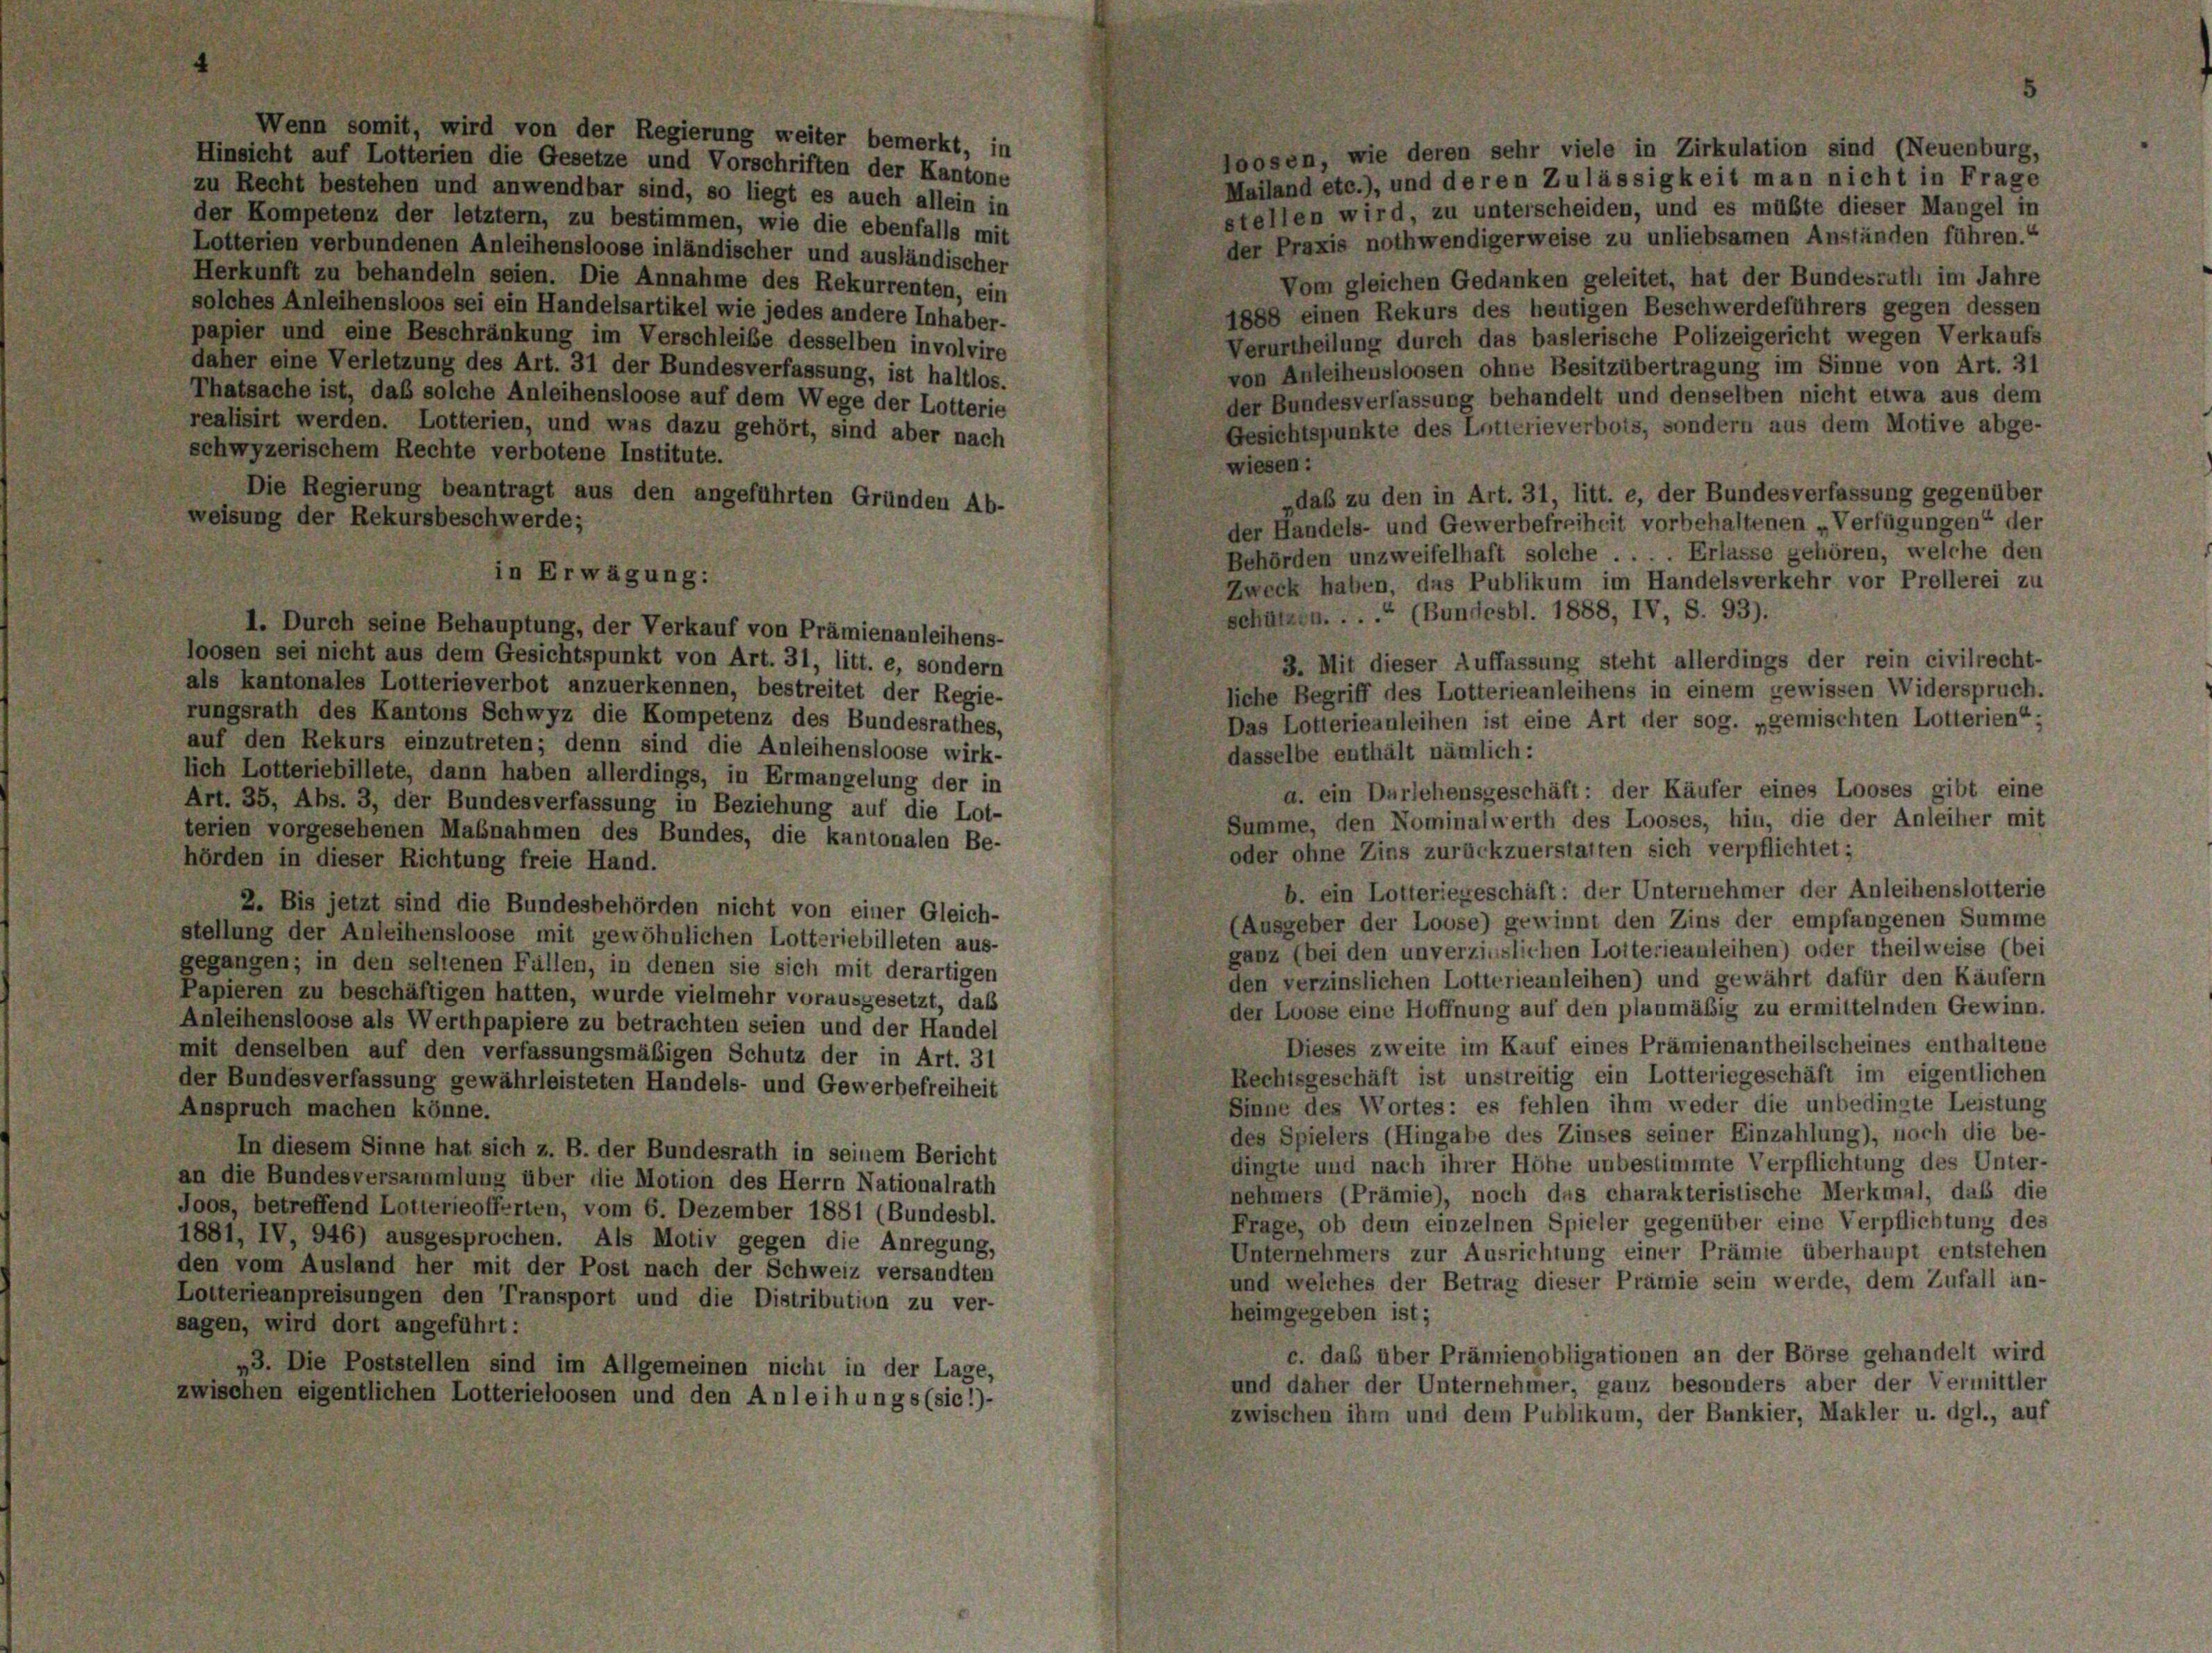
Wenn somit, wird von der Regierung weiter bemerkt, in
Hinsicht auf Lotterien die Gesetze und Vorschriften der Kantone
Mailand etc.), und deren Zulässigkeit man nicht in Frage
zu Recht bestehen und anwendbar sind, so liegt es auch allein in
stellen wird, zu unterscheiden, und es müßte dieser Mangel in
der Kompetenz der letztem, zu bestimmen, wie die ebenfalls mit
der Praxis nothwendigerweise zu unliebsamen Anständen führen.“
Lotterien verbundenen Anleihensloose inländischer und ausländischer
Herkunft zu behandeln seien. Die Annahme des Rekurrenten, ein
Vom gleichen Gedanken geleitet, hat der Bundesrath im Jahre
solches Anleihensloos sei ein Handelsartikel wie jedes andere Inhaber-
1888 einen Rekurs des heutigen Beschwerdeführers gegen dessen
papier und eine Beschränkung im Verschleiße desselben involvire
Verurtheilung durch das baslerische Polizeigericht wegen Verkaufs
daher eine Verletzung des Art. 31 der Bundesverfassung, ist haltlos.
von Anleihensloosen ohne Besitzübertragung im Sinne von Art. 31
Thatsache ist, daß solche Anleihensloose auf dem Wege der Lotterie
der Bundesverfassung behandelt und denselben nicht etwa aus dem
realisirt werden. Lotterien, und was dazu gehört, sind aber nach
Gesichtspunkte des Lotterieverbots, sondern aus dem Motive abge-
schwyzerischem Rechte verbotene Institute.
wiesen:
Die Regierung beantragt aus den angeführten Gründen Ab-
daß zu den in Art. 31, litt. e, der Bundesverfassung gegenüber
weisung der Rekursbeschwerde;
der Handels- und Gewerbefreiheit vorbehaltenen „Verfügungen“ der
Behörden unzweifelhaft solche . . . . Erlasse gehören, welche den
in Erwägung:
Zweck haben, das Publikum im Handelsverkehr vor Prellerei zu
schützen. ... (Bundesbl. 1888, IV, S. 93).
1. Durch seine Behauptung, der Verkauf von Prämienanleihens-
loosen sei nicht aus dem Gesichtspunkt von Art. 31, litt. e, sondern
3. Mit dieser Auffassung steht allerdings der rein civilrecht-
als kantonales Lotterieverbot anzuerkennen, bestreitet der Regie-
liche Begriff des Lotterieanleihens in einem gewissen Widerspruch.
rungsrath des Kantons Schwyz die Kompetenz des Bundesrathes,
Das Lotterieanleihen ist eine Art der sog. „gemischten Lotterien“.
auf den Rekurs einzutreten; denn sind die Anleihensloose wirk-
dasselbe enthält nämlich:
lich Lotteriebillete, dann haben allerdings, in Ermangelung der in
a. ein Darlehensgeschäft: der Käufer eines Looses gibt eine
Art. 35, Abs. 3, der Bundesverfassung in Beziehung auf die Lot-
Summe, den Nominalwerth des Looses, hin, die der Anleiher mit
terien vorgesehenen Maßnahmen des Bundes, die kantonalen Be-
oder ohne Zins zurückzuerstatten sich verpflichtet;
hörden in dieser Richtung freie Hand.
b. ein Lotteriegeschäft: der Unternehmer der Anleihenslotterie
2. Bis jetzt sind die Bundesbehörden nicht von einer Gleich-
(Ausgeber der Loose) gewinnt den Zins der empfangenen Summe
stellung der Anleihensloose mit gewöhnlichen Lotteriebilleten aus-
ganz (bei den unverzinslichen Loiterieanleihen) oder theilweise (bei
gegangen; in den seltenen Fällen, in denen sie sich mit derartigen
den verzinslichen Lotterieanleihen) und gewährt dafür den Käufern
Papieren zu beschäftigen hatten, wurde vielmehr vorausgesetzt, daß
der Loose eine Hoffnung auf den planmäßig zu ermittelnden Gewinn.
Anleihensloose als Werthpapiere zu betrachten seien und der Handel
Dieses zweite im Kauf eines Prämienantheilscheines enthaltene
mit denselben auf den verfassungsmäßigen Schutz der in Art. 31
Rechtsgeschäft ist unstreitig ein Lotteriegeschäft im eigentlichen
der Bundesverfassung gewährleisteten Handels- und Gewerbefreiheit
Sinne des Wortes: es fehlen ihm weder die unbedingte Leistung
Anspruch machen könne.
des Spielers (Hingabe des Zinses seiner Einzahlung), noch die be-
In diesem Sinne hat sich z. B. der Bundesrath in seinem Bericht
dingte und nach ihrer Höhe unbestimmte Verpflichtung des Unter-
an die Bundesversammlung über die Motion des Herrn Nationalrath
nehmers (Prämie), noch das charakteristische Merkmal, daß die
Joos, betreffend Lotterieofferten, vom 6. Dezember 1881 (Bundesbl.
Frage, ob dem einzelnen Spieler gegenüber eine Verpflichtung des
1881, IV, 946) ausgesprochen. Als Motiv gegen die Anregung,
Unternehmers zur Ausrichtung einer Prämie überhaupt entstehen
den vom Ausland her mit der Post nach der Schweiz versandten
und welches der Betrag dieser Prämie sein werde, dem Zufall un-
Lotterieanpreisungen den Transport und die Distribution zu ver-
heimgegeben ist;
sagen, wird dort angeführt:
c. daß über Prämienobligationen an der Börse gehandelt wird
„3. Die Poststellen sind im Allgemeinen nicht in der Lage,
und daher der Unternehmer, ganz besonders aber der Vermittler
zwischen eigentlichen Lotterieloosen und den Anleihungs (sic!)-
zwischen ihm und dem Publikum, der Bunkier, Makler u. dgl., auf

(Neuenburg,